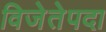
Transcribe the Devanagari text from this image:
विजेतेपदा